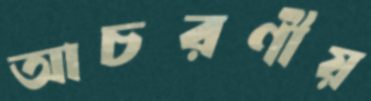
আচরণীয়